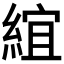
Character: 𬗦